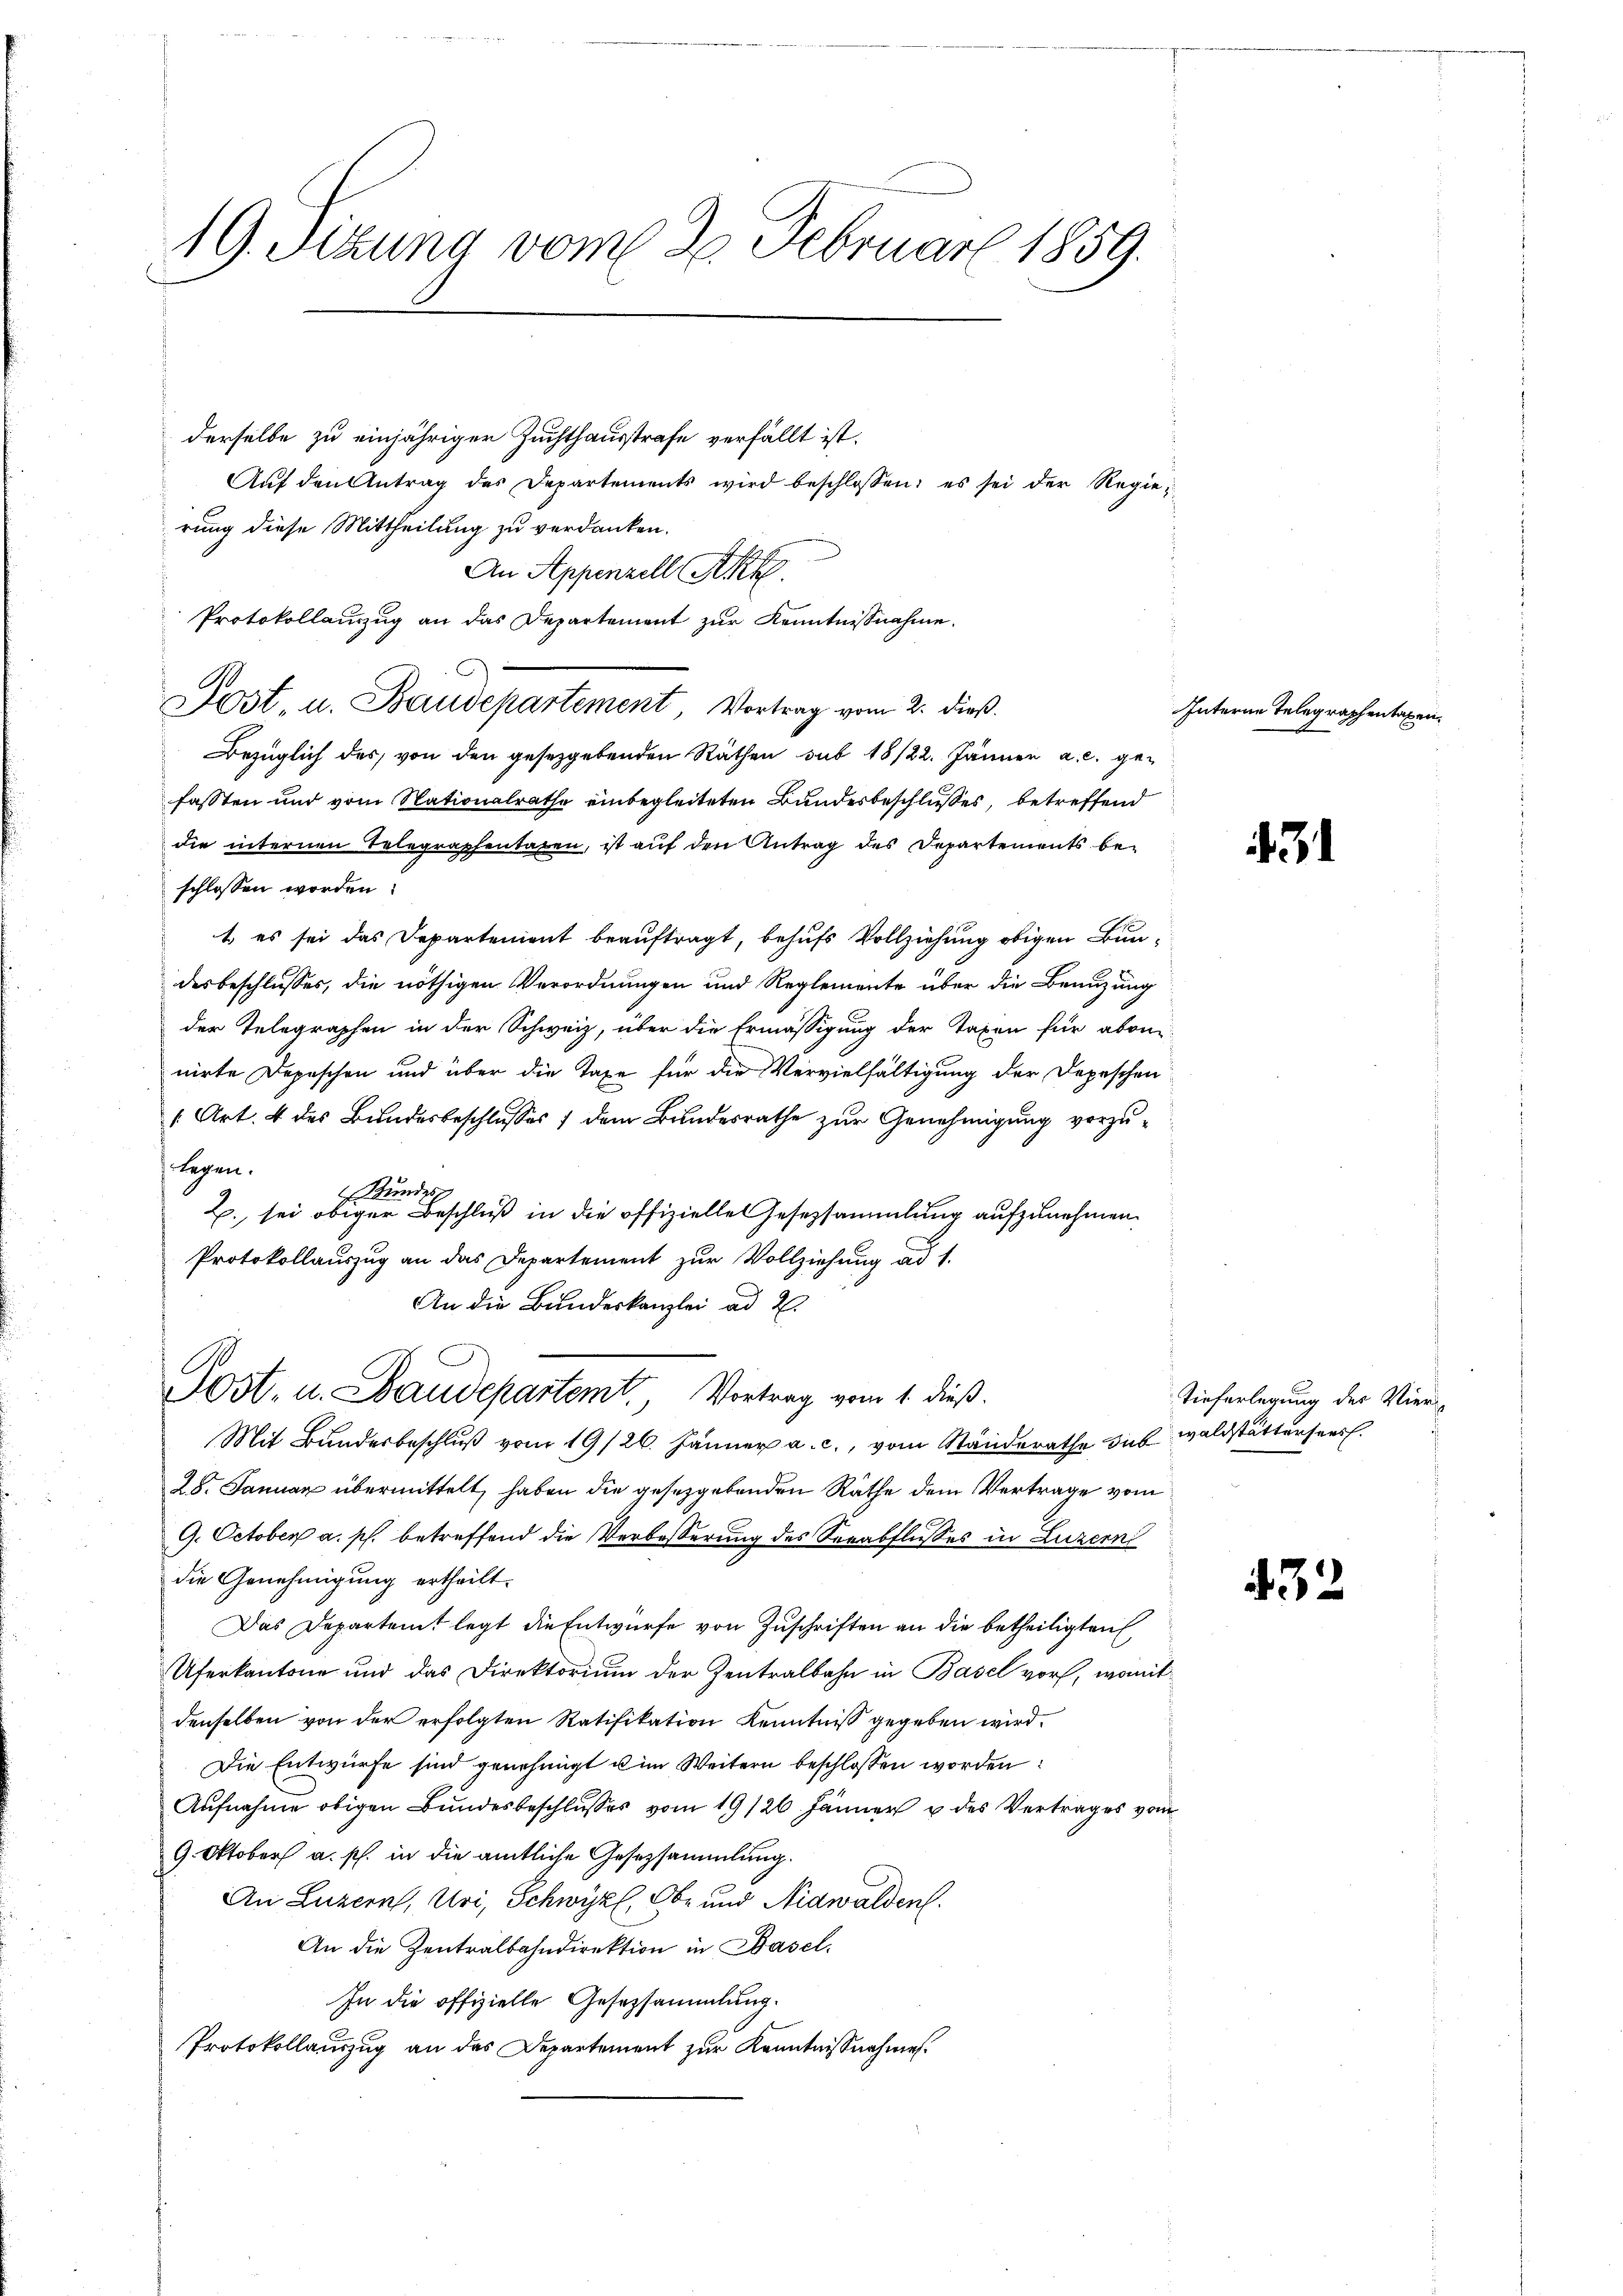
19. Sizung vom 2. Februar 1859.

derselbe zu einjähriger Zuchthausstrafe verfällt ist.
Aŭf den Antrag des Departements wird beschlossen; es sei der Regierung diese Mittheilung zu verdanken.
An Appenzell Akk
Bezüglich des von den gesetzgebenden Räthen sub 18/22. Jännen a. c. ge-
fassten und vom Nationalrathe einbegleiteten Bundesbeschlußes betreffend
die internen Telegraphentaten, ist auf den Antrag des Departements beschlossen worden:
t es sei das Departement beauftragt, behufs Vollziehung obigen Bun-
desbeschlusses, die nöthigen Verordnungen und Reglemente über die Benuzung
der Telegraphen in der Schweiz, über die Ermässigung der Taxen für abon-
nirte Depeschen und über die Taxe für die Vervielfältigung der Depeschen
[Art. 4 des Bundesbeschlusses / dem Bundesrathe zur Genehmigung vorzulegen.
Kundes
Z., sei obiger Beschluß in die offizielles Gesetzsammlung aufzunehmen.
Protokollauszug an das Departement zur Vollziehung ad 1.
An die Bundeskanzlei ad 2.
.
Jost- u. Baudepartemt. Vortrag vom 1. dieß.
Mit Bundesbeschlŭβ vom 19/26. Jänner a. c., vom Ständerathe sub waldstättersees.
28. Januar übermittelt, haben die gesetzgebenden Räthe dem Vertrage vom
9. October a. p. betreffend die Verbeßerung des Verabflußes in Luzern
die Genehmigung ertheilt.
Das Departeit legt die Entwurfe von Zuschriften an die betheiligten
Uferkantone und das Direktorium der Zentralbahn in Basel vor, womit
denselben von der erfolgten Ratifikation Kenntniß gegeben wird.
Die Entwürfe sind genehmigt u im Weitern beschlossen worden:
Aufnahme obigen Bundesbeschlusses vom 19/26. Jänner u des Vertrages vom
9. Oktober a. p. in die amtliche Gesezsammlung.
An Luzern, Uri, Schwyz, Ob- und Nidwalden.
An die Zentralbahndirektion in Basel.
In die offizielle Gesetzsammlung.
Protokollauszug an das Departement zur Kenntnißnahmen.

Protokollauszug an das Departement zur Kenntnißnahme.
Jost, u. Baudepartement, Vortrag vom 2. dieß.

Interne Telegraphentaxen,

1

Tieferlegung des Vier-

432